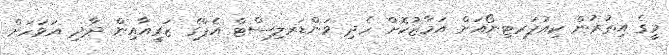
މީގެ އިތުރުން ކިއުޕަރޓިނޯއަށް އަމާޒުކޮށް ހެދި ވަންޑަރލިސްޓް އެޕްގެ ޒަރީއާއިން ދާދި އަވަހަށް